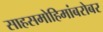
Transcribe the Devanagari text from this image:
साहसमोहिमांबरोबर